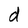
Character: d